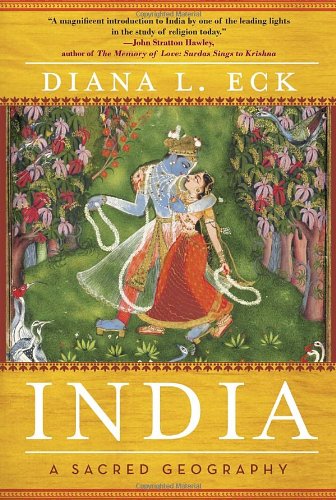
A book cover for India: A Sacred Geography; Diana L Eck; History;